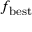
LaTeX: f _ { \mathrm { { b e s t } } }